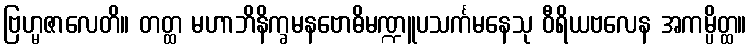
ဗြဟ္မဇာလေတိ။ တတ္ထ မဟာဘိနိက္ခမနဗောဓိမဏ္ဍူပသင်္ကမနေသု ဝီရိယဗလေန အကမ္ပိတ္ထ။